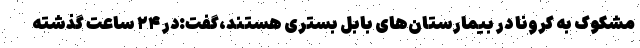
مشکوک به کرونا در بیمارستان‌های بابل بسترى هستند،گفت:در ۲۴ ساعت گذشته